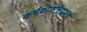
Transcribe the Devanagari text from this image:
कर्मयोगसिद्धान्त